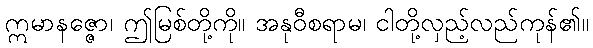
ဣမာနဇ္ဇော၊ ဤမြစ်တို့ကို။ အနုဝီစရာမ၊ ငါတို့လှည့်လည်ကုန်၏။